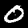
Digit: 0